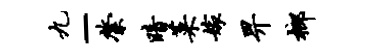
九-綮暗菜嫁畀榔